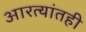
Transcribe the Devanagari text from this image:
आरत्यांतही